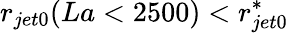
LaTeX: r_{jet0}(La<2500)<r_{jet0}^{*}